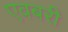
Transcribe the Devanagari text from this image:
एवबरी